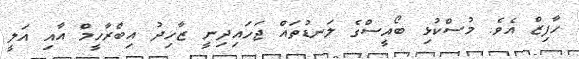
ހާފިޒް އެވެ. މުސްކުޅި ބޯއީސްގެ ލަނޑުތައް ޖަހައިދިނީ ޒާހިދު އިބްރާހީމް އާއި އަލީ